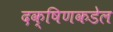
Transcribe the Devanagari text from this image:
दक्षिणकडेल